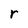
Character: r